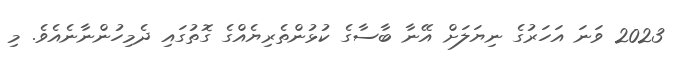
2023 ވަނަ އަހަރުގެ ނިޔަލަށް އޭނާ ބާސާގެ ކުޅުންތެރިޔެއްގެ ގޮތުގައި ދެމިހުންނާނެއެވެ. މި